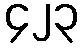
၄၂၃